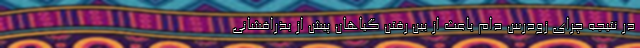
در نتیجه چرای زودرس دام باعث از بین رفتن گیاهان پیش از بذرافشانی